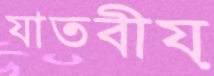
যাতবীয়